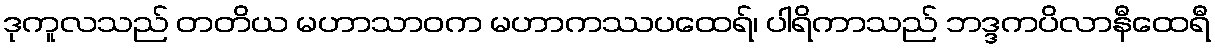
ဒုကူလသည် တတိယ မဟာသာဝက မဟာကဿပထေရ်၊ ပါရိကာသည် ဘဒ္ဒကပိလာနီထေရီ